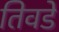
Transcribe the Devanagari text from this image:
तिवडे